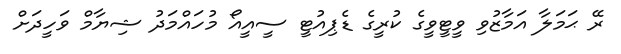
ރޭ ޙަމަލާ އަމާޒުވި ވީޓީވީގެ ކުރީގެ ޑެޕިއުޓީ ސީއީއޯ މުހައްމަދު ޝިޔާމް ވަހީދަށް